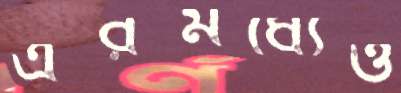
এরমধ্যেও